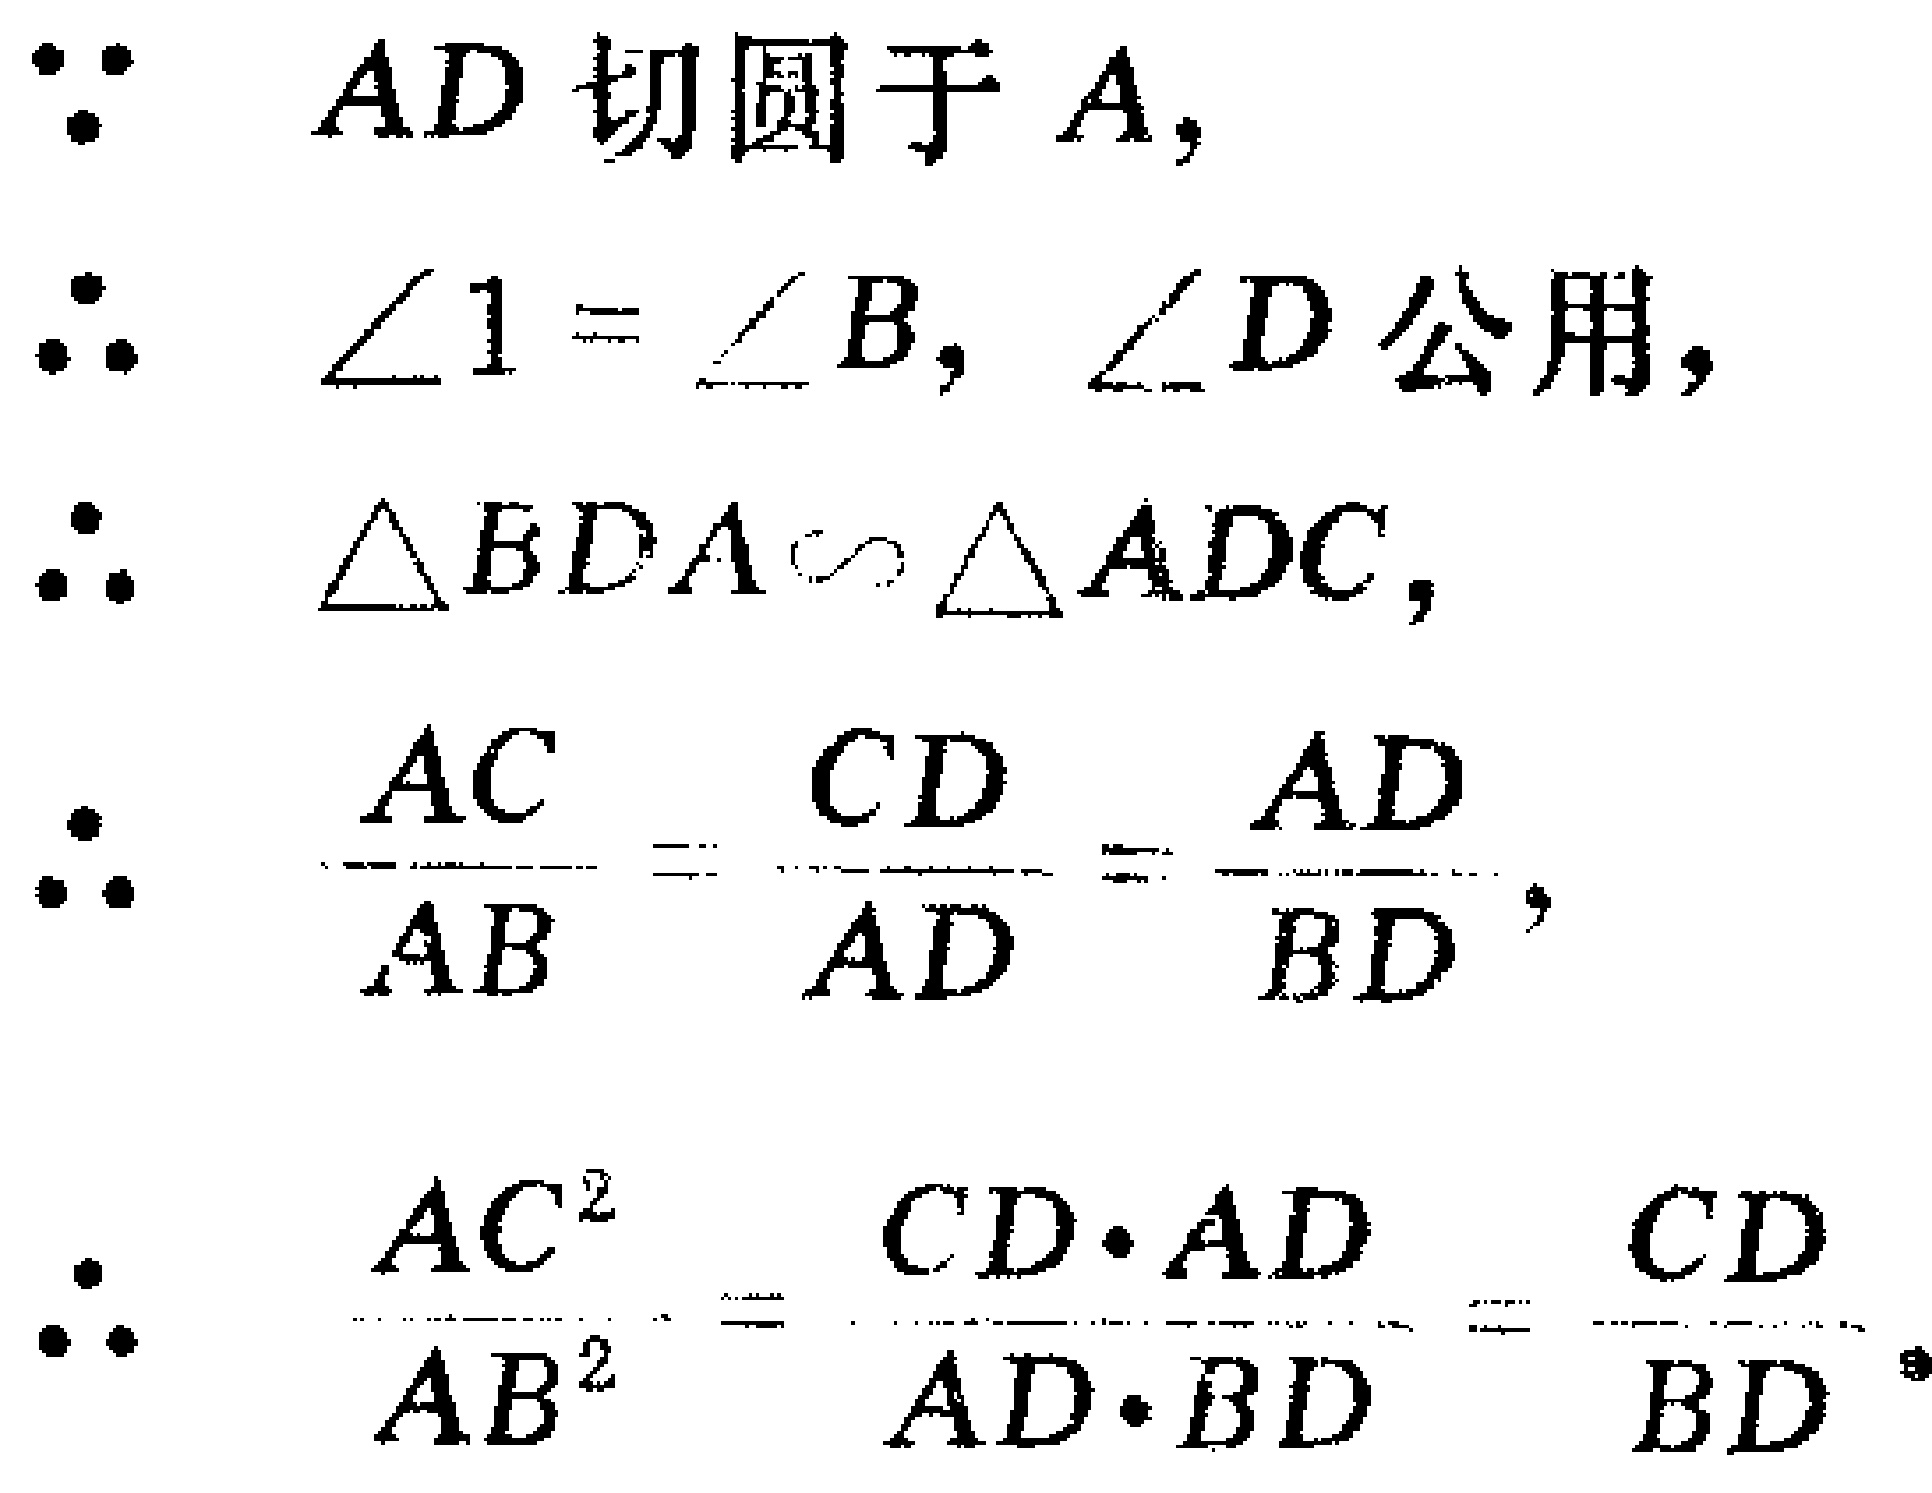
\begin{align*}
&\because \text{AD切圆于A,}\\
&\therefore \angle 1 = \angle B,\ \angle D\text{公用},\\
&\therefore \triangle BDA\sim\triangle ADC,\\
&\therefore \frac{AC}{AB} = \frac{CD}{AD} = \frac{AD}{BD},\\
&\therefore \frac{AC^{2}}{AB^{2}} = \frac{CD\cdot AD}{AD\cdot BD} = \frac{CD}{BD}.
\end{align*}